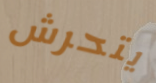
يتحرش